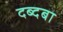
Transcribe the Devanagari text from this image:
दब्दबा